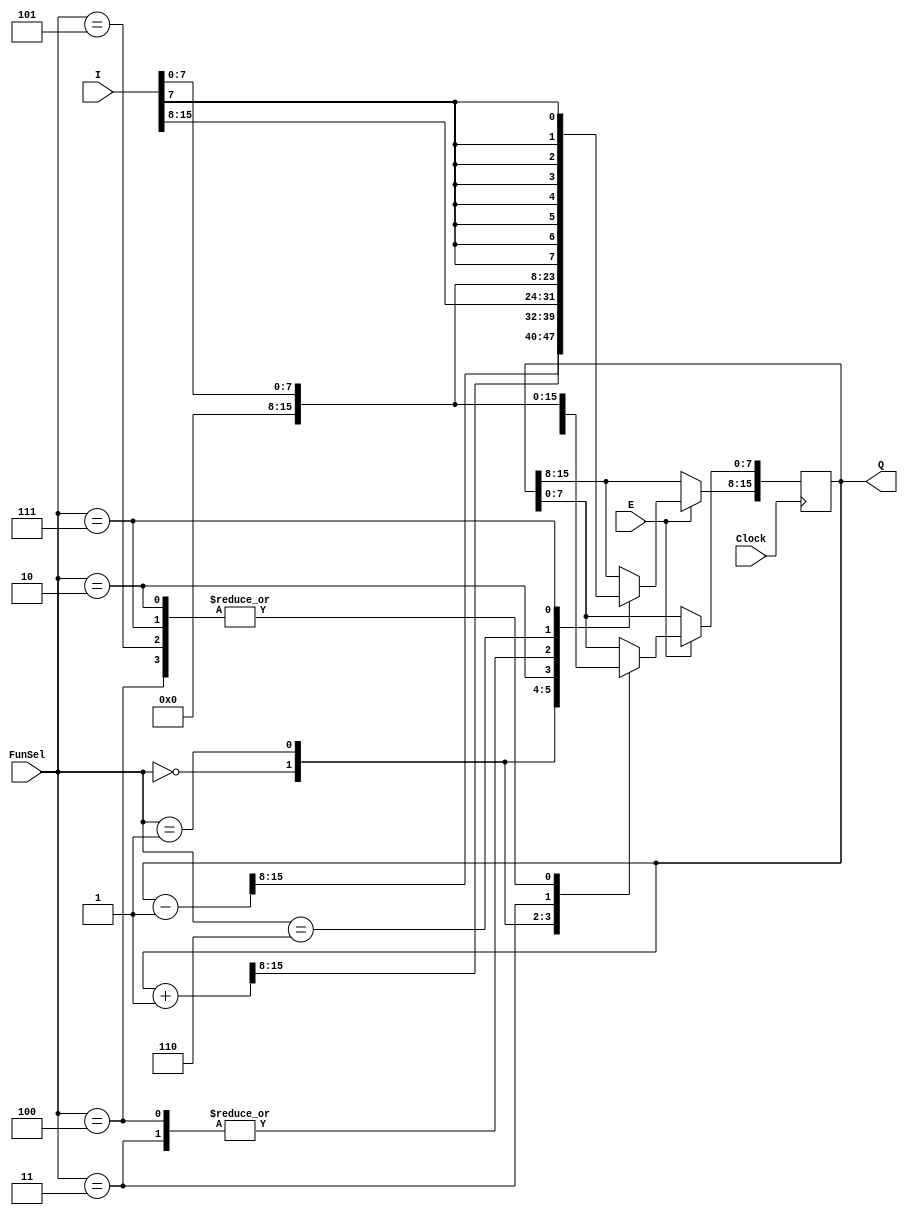
`timescale 1ns / 1ps
//////////////////////////////////////////////////////////////////////////////////
// Company: ITU COMPUTER ENGINEERING DEPARTMENT
// 
// Module Name: REGISTER
// Project Name: COMPUTER ORGANIZATION PROJECT-1
//////////////////////////////////////////////////////////////////////////////////


module Register #(parameter n = 16)( 
    input wire [2:0] FunSel, //Function Selection
    input wire [n -1:0] I,   //Input Data
    input wire E,            //Enable
    input wire Clock,        //Clock Signal
    output reg [n -1:0] Q ); //Output Data

    always @(posedge Clock) //Works at positive edge 
        begin
            if(E) //Works if it is enabled
                begin
                    case(FunSel)
                        3'b000 : Q <= Q - {{n-1{1'b0}},1'b1}; //Q - 1
                        3'b001 : Q <= Q + {{n-1{1'b0}},1'b1}; //Q + 1
                        3'b010 : Q <= I[n-1:0];               //Load 
                        3'b011 : Q <= {n{1'b0}};              //Clear
                        3'b100 : begin 
                                    Q[n-1:8] <= {1'b0};       //Clear 8 MSB
                                    Q[7:0] <= I[7:0];         //Write to 8 LSB
                                 end
                        3'b101 : Q[7:0] <= I[7:0];            //Write to 8 LSB
                        3'b110 : Q[n-1:8] <= I[7:0];          //Write to 8 MSB
                        3'b111 : begin
                                    Q[n-1:8] <= {n/2{I[7]}};  //Extend Sign Bit of I to 8 MSB
                                    Q[7:0] <= I[7:0];         //Write to 8 LSB                                  
                                 end  
                        default : Q <= Q; //Default is Retaining Value
                    endcase
                end
            else //If not Enabled, Retain Value
                begin
                    Q<=Q;
                end
        end
endmodule